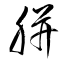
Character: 胼